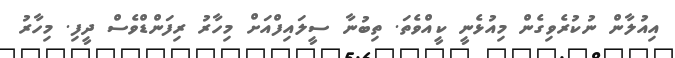
އިއުލާން ނުކުރެވިގެން މިއުޅެނީ ކީއްވެތަ. ތިބުނާ ސީލައިފްއަށް މިހާރު ރިފަންޑްވެސް ދީފި. މިހާރު